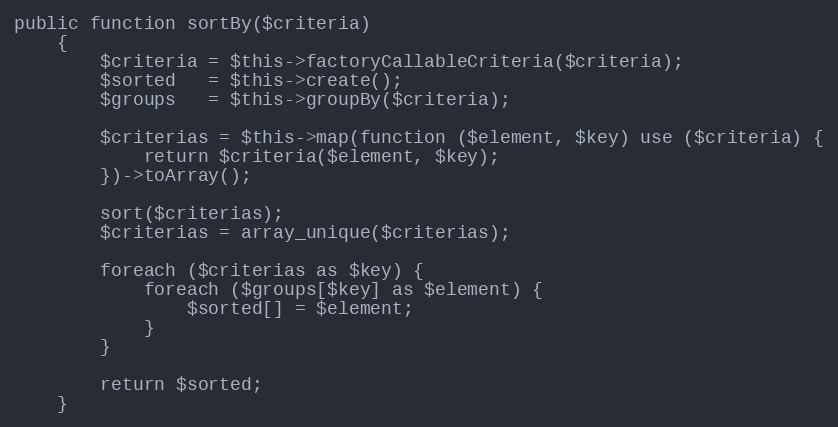
Language: PHP
public function sortBy($criteria)
    {
        $criteria = $this->factoryCallableCriteria($criteria);
        $sorted   = $this->create();
        $groups   = $this->groupBy($criteria);

        $criterias = $this->map(function ($element, $key) use ($criteria) {
            return $criteria($element, $key);
        })->toArray();

        sort($criterias);
        $criterias = array_unique($criterias);

        foreach ($criterias as $key) {
            foreach ($groups[$key] as $element) {
                $sorted[] = $element;
            }
        }

        return $sorted;
    }